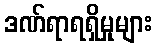
ဒဏ်ရာရရှိမှုများ